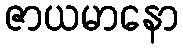
ဇာယမာနော